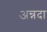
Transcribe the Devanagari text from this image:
अन्नदा